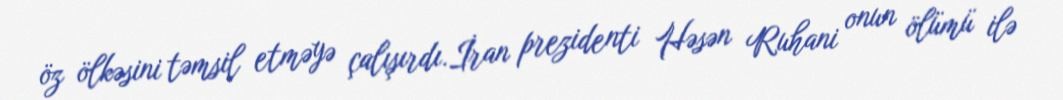
öz ölkəsini təmsil etməyə çalışırdı.İran prezidenti Həsən Ruhani onun ölümü ilə